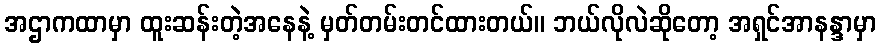
အဌာကထာမှာ ထူးဆန်းတဲ့အနေနဲ့ မှတ်တမ်းတင်ထားတယ်။ ဘယ်လိုလဲဆိုတော့ အရှင်အာနန္ဒာမှာ